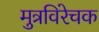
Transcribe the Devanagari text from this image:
मुत्रविरेचक